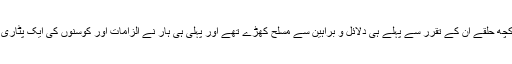
میڈیا کے کچھ حلقے ان کے تقرر سے پہلے ہی دلائل و براہین سے مسلح کھڑے تھے اور پہلی ہی ہار نے الزامات اور کوسنوں کی ایک پٹاری کھول دی۔